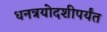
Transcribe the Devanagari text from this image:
धनत्रयोदशीपर्यंत